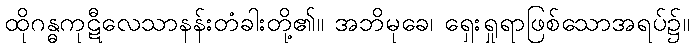
ထိုဂန္ဓကုဋီလေသာနန်းတံခါးတို့၏။ အဘိမုခေ၊ ရှေးရှုရာဖြစ်သောအရပ်၌။